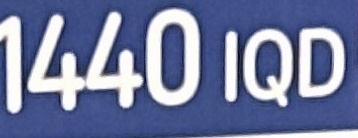
1440 IQD